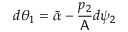
d \theta _ { 1 } = \widetilde { \alpha } - \frac { p _ { 2 } } { \mathsf { A } } d \psi _ { 2 }